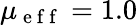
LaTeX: \mu_{\mathrm{~e~f~f~}}=1.0